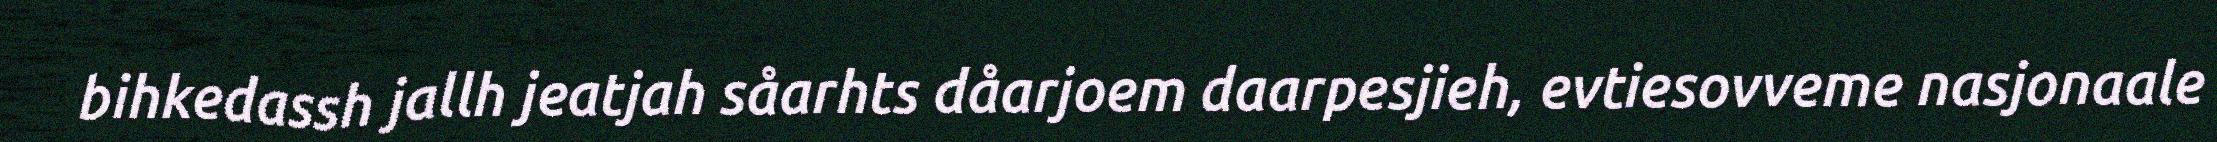
bihkedassh jallh jeatjah såarhts dåarjoem daarpesjieh, evtiesovveme nasjonaale